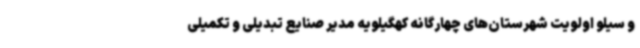
و سیلو اولویت شهرستان‌های چهارگانه کهگیلویه مدیر صنایع تبدیلی و تکمیلی